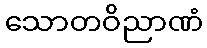
သောတဝိညာဏံ